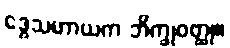
ဒွေသဟာယက ဘိက္ခုဝတ္ထု။